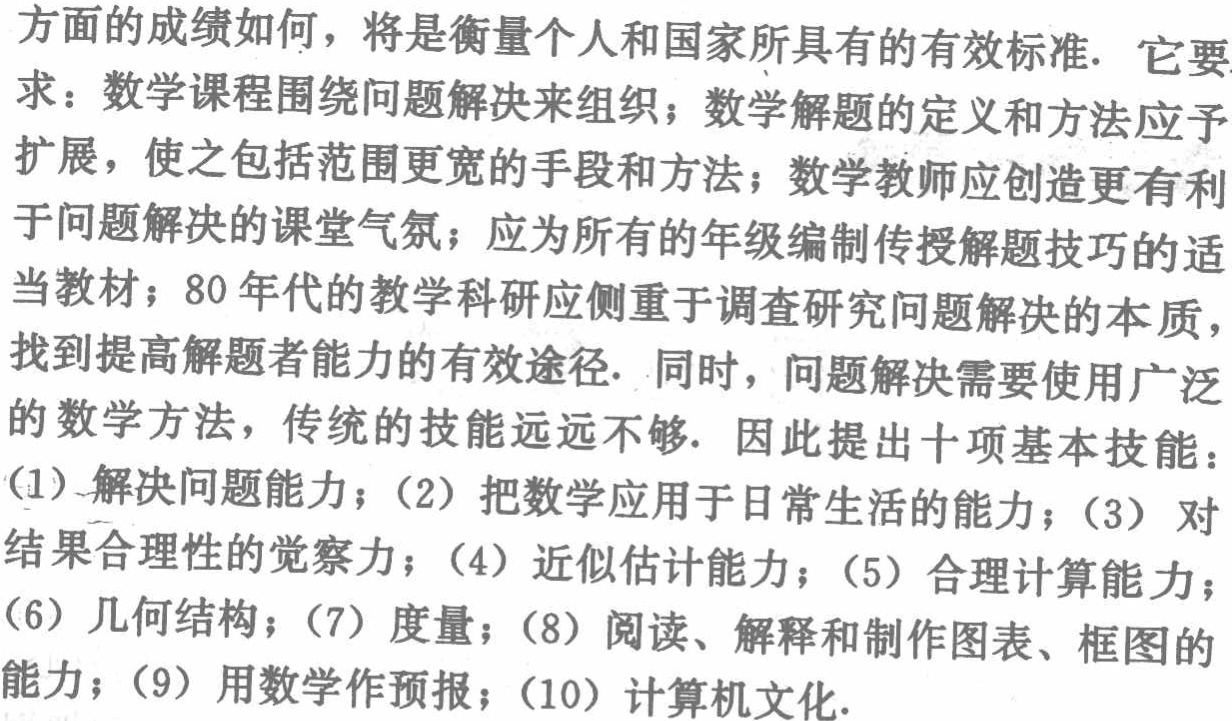
方面的成绩如何，将是衡量个人和国家所具有的有效标准. 它要求：数学课程围绕问题解决来组织；数学解题的定义和方法应予扩展，使之包括范围更宽的手段和方法；数学教师应创造更有利于问题解决的课堂气氛；应为所有的年级编制传授解题技巧的适当教材；80年代的教学科研应侧重于调查研究问题解决的本质，找到提高解题者能力的有效途径. 同时，问题解决需要使用广泛的数学方法，传统的技能远远不够. 因此提出十项基本技能：(1) 解决问题能力；(2) 把数学应用于日常生活的能力；(3) 对结果合理性的觉察力；(4) 近似估计能力；(5) 合理计算能力；(6) 几何结构；(7) 度量；(8) 阅读、解释和制作图表、框图的能力；(9) 用数学作预报；(10) 计算机文化.